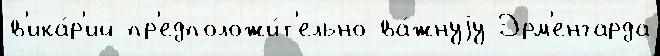
в'ика́р'ий пр'едположи́т'ельно ва́жнуjу Эрм'енгарда